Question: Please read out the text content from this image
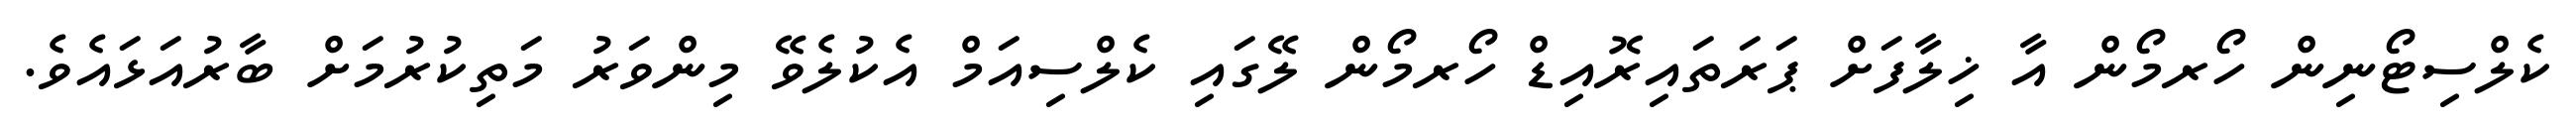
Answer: ކެލްސިޓޯނިން ހޯރމޯން އާ ޚިލާފަށް ޕަރަތައިރޮއިޑް ހޯރމޯން ލޭގައި ކެލްސިއަމް އެކުލެވޭ މިންވަރު މަތިކުރުމަށް ބާރުއަޅައެވެ.